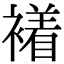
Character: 𧝙